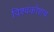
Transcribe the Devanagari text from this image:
विश्वकोशच